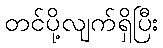
တင်ပို့လျက်ရှိပြီး